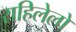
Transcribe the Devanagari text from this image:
राहिलेलो